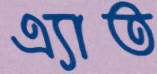
এ্যাত